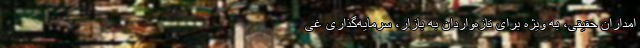
امداران حقیقی، به ویژه برای تازه‌واردان به بازار، سرمایه‌گذاری غی